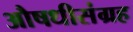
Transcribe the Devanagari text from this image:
औषधीसंग्रह